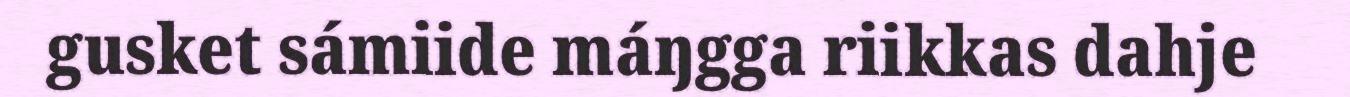
gusket sámiide máŋgga riikkas dahje